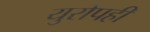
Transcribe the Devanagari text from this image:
युरोपही